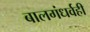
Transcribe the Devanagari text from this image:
बालगंधर्वही